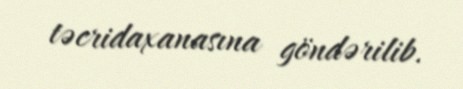
təcridaxanasına göndərilib.